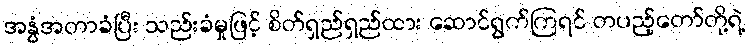
အနွံအတာခံပြီး သည်းခံမှုဖြင့် စိတ်ရှည်ရှည်ထား ဆောင်ရွက်ကြရင် တပည့်တော်တို့ရဲ့